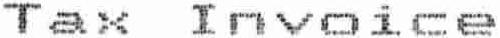
TAX INVOICE